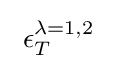
~\epsilon _{T}^{\lambda =1,2}~